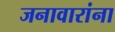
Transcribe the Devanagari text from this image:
जनावारांना